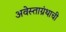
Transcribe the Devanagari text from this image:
अवेस्ताग्रंथाची